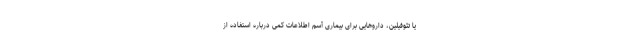
یا تئوفیلین، داروهایی برای بیماری آسم اطلاعات کمی درباره استفاده از